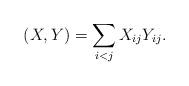
LaTeX: \begin{align*}(X,Y)=\sum_{i<j}X_{ij}Y_{ij}.\end{align*}